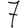
Digit: 7